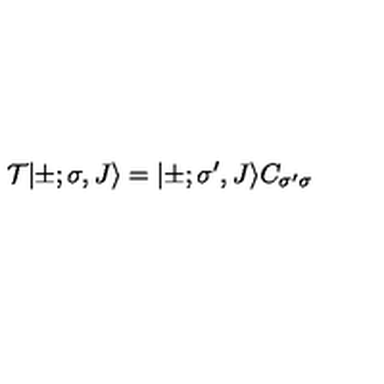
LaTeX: { \cal T } | \pm ; \sigma , J \rangle = | \pm ; { \sigma } ^ { \prime } , J \rangle C _ { { \sigma } ^ { \prime } { \sigma } }